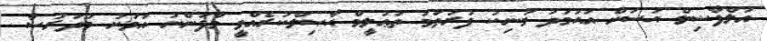
އަލްފާޟިލް ޙަސަން އަޙުމަދު މަނިކު ފުރަތަމަ ތަޢުލީމް ޙާޞިލްކުރެއްވީ މާފަންނު އަވަށު މަދަރުސާ